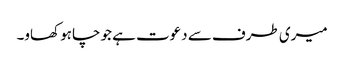
میری طرف سے دعوت ہے جو چاہو کھاو۔